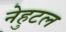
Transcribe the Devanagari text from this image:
नेहुटल